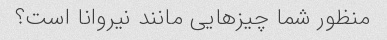
منظور شما چیزهایی مانند نیروانا است؟